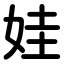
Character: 娃